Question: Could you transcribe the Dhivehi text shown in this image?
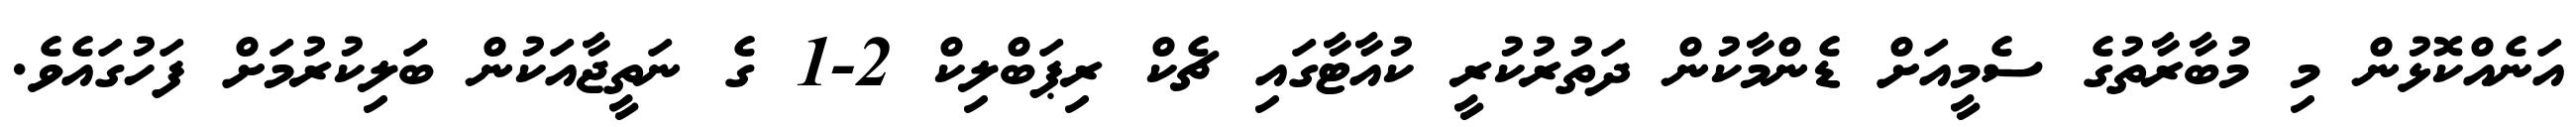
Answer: އަނެއްކޮޅުން މި މުބާރާތުގެ ސެމީއަށް ޑެންމާކުން ދަތުރުކުރީ ކުއާޓާގައި ޗެކް ރިޕަބްލިކް 2-1 ގެ ނަތީޖާއަކުން ބަލިކުރުމަށް ފަހުގައެވެ.